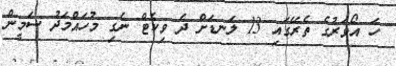
ހަ އޯވަރުގެ ތެރޭގައި 13 ލަނޑަށް ދެ ވިކެޓް ނެގި މުހައްމަދު ސަމީން